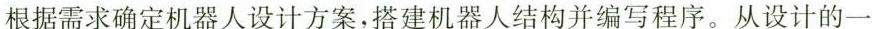
根据需求确定机器人设计方案，搭建机器人结构并编写程序。从设计的